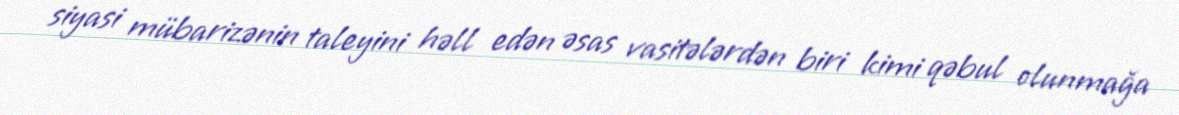
siyasi mübarizənin taleyini həll edən əsas vasitələrdən biri kimi qəbul olunmağa